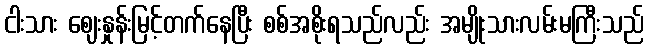
ငါးသား ဈေးနှုန်းမြင့်တက်နေပြီး စစ်အစိုးရသည်လည်း အမျိုးသားလမ်းမကြီးသည်